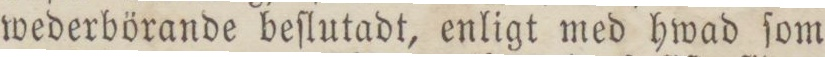
wederbörande beſlutadt, enligt med hwad ſom